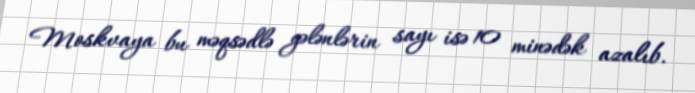
Moskvaya bu məqsədlə gələnlərin sayı isə 10 minədək azalıb.